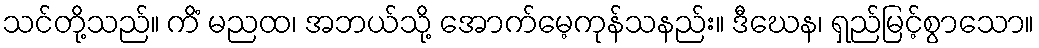
သင်တို့သည်။ ကိံ မညထ၊ အဘယ်သို့ အောက်မေ့ကုန်သနည်း။ ဒီဃေန၊ ရှည်မြင့်စွာသော။